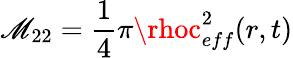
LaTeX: \mathscr{M}_{22}=\frac{{1}}{{4}}\pi\rhoc_{eff}^{2}(r,t)